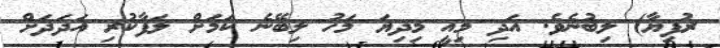
ރުފިޔާ) ލިބުނެވެ. އަދި މިއީ މިދިޔަ މަހު ލިބޭނެ ކަމަށް ލަފާކުރި އަދަދަށް